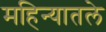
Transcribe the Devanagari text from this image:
महिन्यातले